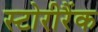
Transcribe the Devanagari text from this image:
स्टोरीरैंक